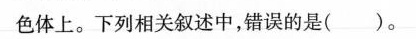
色体上。下列相关叙述中，错误的是(